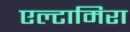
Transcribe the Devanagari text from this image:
एल्टामिरा